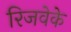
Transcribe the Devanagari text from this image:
रिजवेके